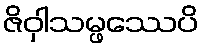
ဇိဝှါသမ္ဖဿေပိ